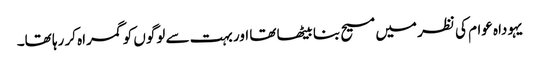
‏ یہوداہ عوام کی نظر میں مسیح بنا بیٹھا تھا اور بہت سے لوگوں کو گمراہ کر رہا تھا۔